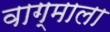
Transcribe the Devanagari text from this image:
वाग्माला